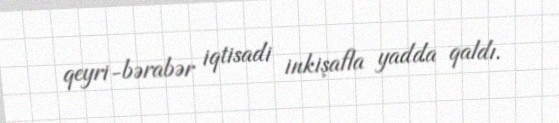
qeyri-bərabər iqtisadi inkişafla yadda qaldı.